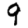
Digit: 9